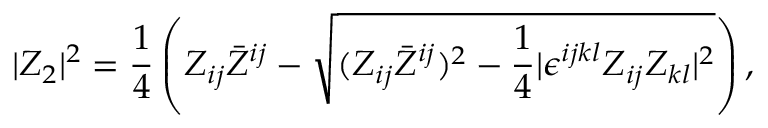
| Z _ { 2 } | ^ { 2 } = { \frac { 1 } { 4 } } \left( Z _ { i j } \bar { Z } ^ { i j } - \sqrt { ( Z _ { i j } \bar { Z } ^ { i j } ) ^ { 2 } - { \frac { 1 } { 4 } } | \epsilon ^ { i j k l } Z _ { i j } Z _ { k l } | ^ { 2 } } \right) ,